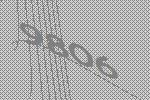
9806